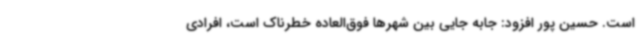
است. حسین پور افزود: جابه جایی بین شهرها فوق‌العاده خطرناک است، افرادی